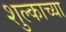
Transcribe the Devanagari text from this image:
शुल्काच्या